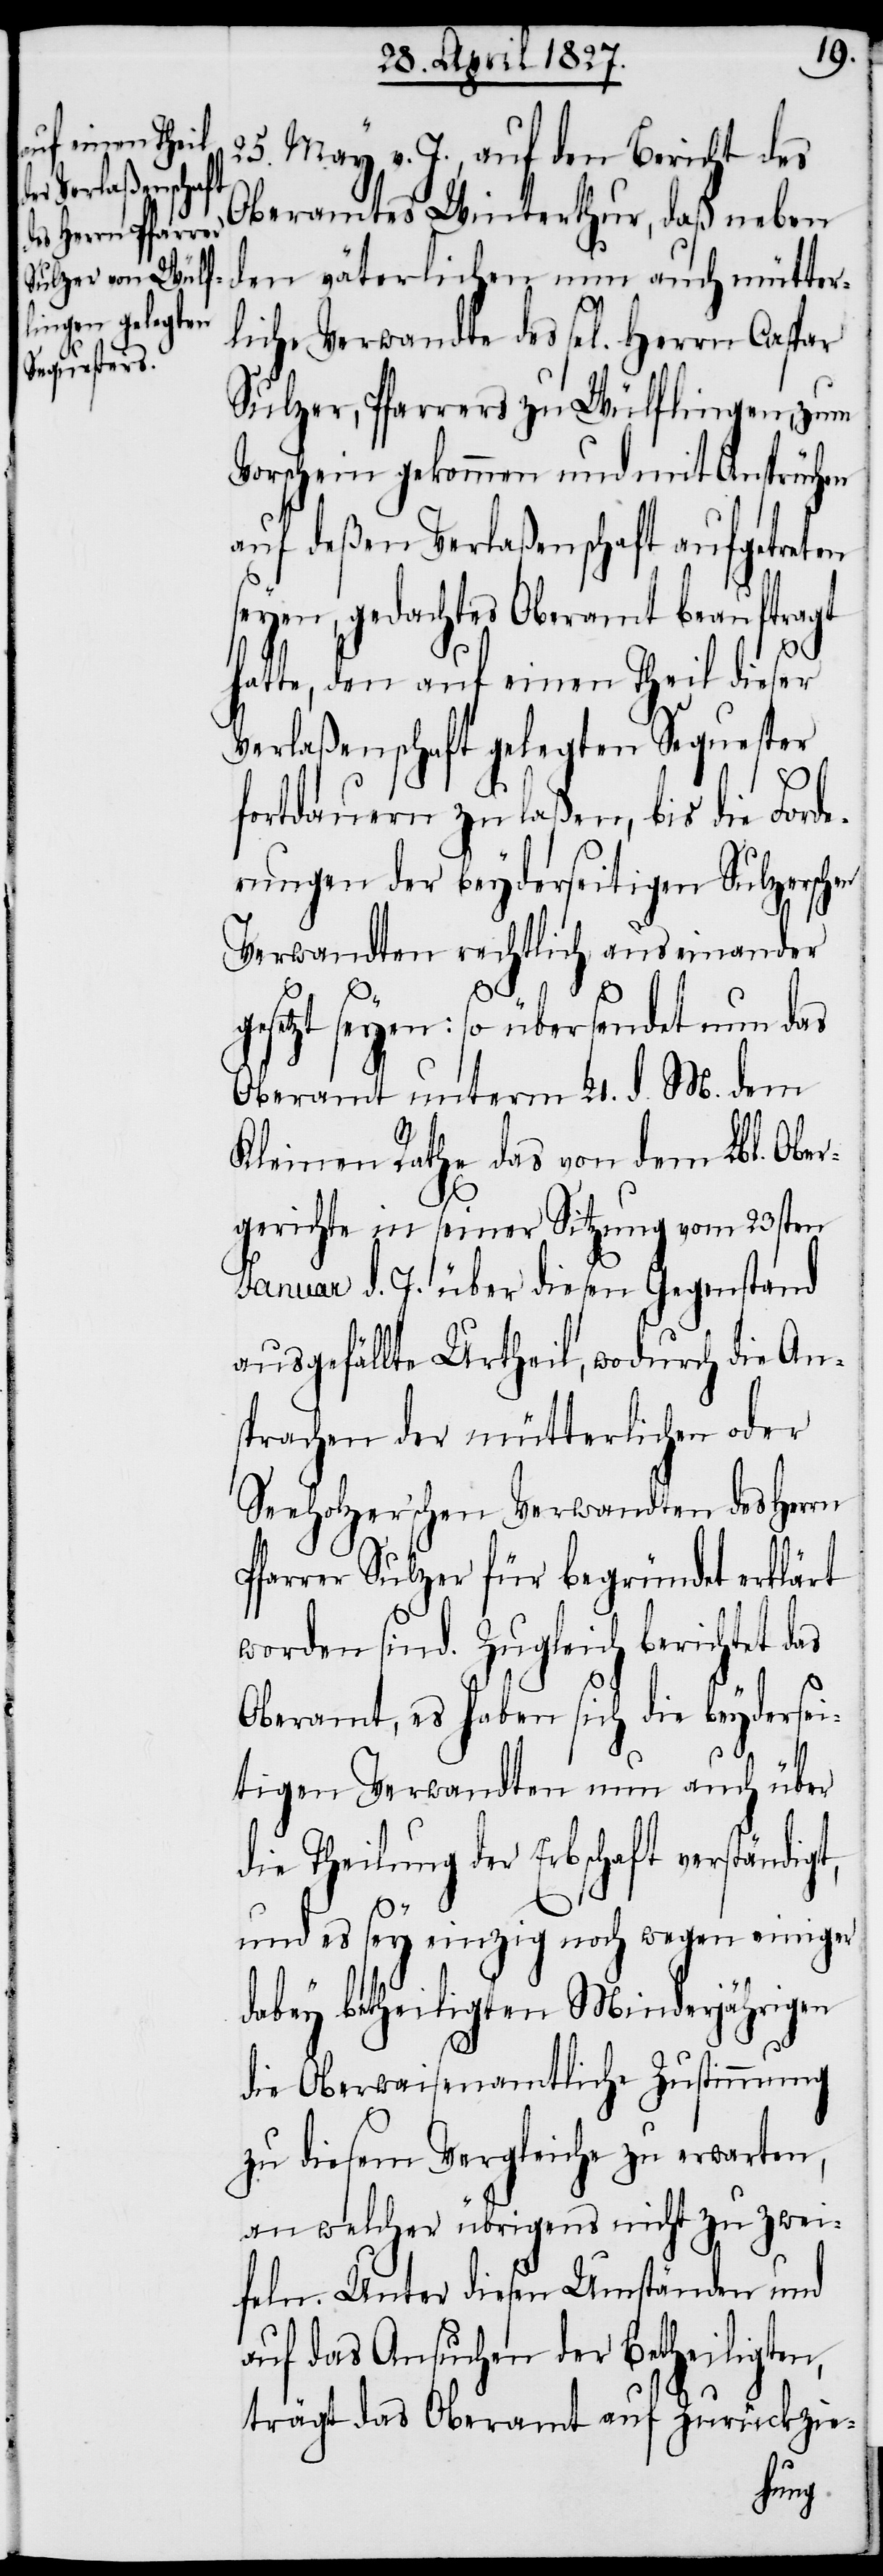
25. May v. J., auf den Bericht des
Oberamtes Winterthur, daß neben
den väterlichen nun auch mütter¬
liche Verwandte des sel[igen] Herrn
Sulzer, Pfarrers zu Wülflingen, zum
Vorschein gekommen und mit Ansprüchen
auf deßen Verlaßenschaft aufgetreten
seyen, gedachtes Oberamt beauftragt
hatte, den auf einen Theil dieser
Verlaßenschaft gelegenen Sequester
fortdauern zu laßen, bis die Ford¬
erungen der beyderseitigen Sulzerschen
Verwandten rechtlich auseinander
gesetzt seyen: so übersendet nun das
Oberamt unterm 21. d. M. dem
Kleinen Rathe das von dem Lbl. Ober¬
gerichte in seiner Sitzung vom 23sten
Januar d. J. über diesen Gegenstand
ausgefällte Urtheil, wodurch die An¬
sprachen der mütterlichen oder
Seeholzer’schen Verwandten des Herrn
Pfarrer Sulzer für begründet erklärt
worden sind. Zugleich berichtet das
Oberamt, es haben sich die beydersei¬
tigen Verwandten nun auch über
die Theilung der Erbschaft verständigt,
und es sey einzig noch wegen einiger
dabey betheiligten Minderjährigen
die Obewaisenamtliche Zustimmung
zu diesem Vergleiche zu erwarten,
an welcher übrigens nicht zu zwei¬
feln. Unter diesen Umständen und
auf das Ansuchen der Betheiligten,
trägt das Oberamt auf Zurückzie-